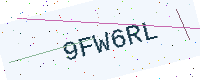
Text: 9FW6RL